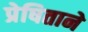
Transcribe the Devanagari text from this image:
प्रेषिताने